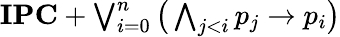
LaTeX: \textstyle\mathbf{IPC}+\bigvee_{i=0}^{n}{\bigl(}\bigwedge_{j<i}p_{j}\to p_{i}{\bigr)}